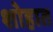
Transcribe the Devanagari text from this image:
शोहात